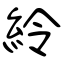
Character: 紷